Report on the cultivation and use of ganja
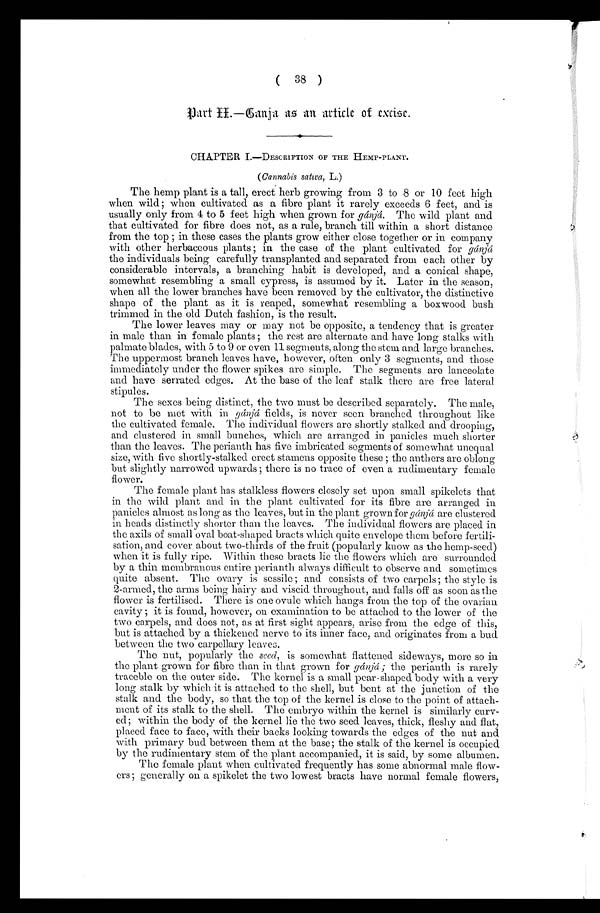
(38)
Part II.—Ganja as an article of excise.
CHAPTER I.— DESCRIPTION OF THE HEMP-PLANT.
(Cannabis sativa,L . )
The hemp plant is a tall, erect herb growing from 3 to 8 or 10 feet high
when wild ; when cultivated as a fibre plant it rarely exceeds 6 feet, and is
usually only from 4 to 5 feet high when grown for gánjá. The wild plant and
that cultivated for fibre does not, as a rule, branch till within a short distance
from the top ; in these cases the plants grow either close together or in company
with other herbaceous plants ; in the case of the plant cultivated for g á n j á
the individuals being carefully transplanted and separated from each other by
considerable intervals, a branching habit is developed, and a conical shape,
somewhat resembling a small cypress, is assumed by it. Later in the season,
when all the lower branches have been removed by the cultivator, the distinctive
shape of the plant as it is reaped, somewhat resembling a boxwood bush
trimmed in the old Dutch fashion, is the result.
The lower leaves may or may not be opposite, a tendency that is greater
in male than in female plants ; the rest are alternate and have long stalks with
palmate blades, with 5 to 9 or even 11 segments, along the stein and. large branches.
The uppermost branch leaves have, however, often only 3 segments, and those
immediately under the flower spikes are simple. The segments are lanceolate
and have serrated edges. At the base of the leaf stalk there are free lateral
stipules.
The sexes being distinct, the two must be described separately. The male,
not to be met with in gánjá fields, is never seen branched throughout like
the cultivated female. The individual flowers are shortly stalked and drooping,
and. clustered in small bunches, which are arranged in panicles much shorter
than the leaves. The perianth has five imbricated segments of somewhat unequal
size, with five shortly-stalked erect stamens opposite these ; the anthers are oblong
but slightly narrowed upwards ; there is no trace of even a rudimentary female
flower.
The female plant has stalkless flowers closely set upon small spikelets that
in the wild plant and in the plant cultivated for its fibre are arranged in
panicles almost as long as the leaves, but in the plant grown for gánjá are clustered
in heads distinctly shorter than the leaves. The individual flowers are placed in
the axils of small oval boat-shaped bracts which quite envelope them before fertili-
sation, and cover about two-thirds of the fruit (popularly know as the hemp-seed)
when it is fully ripe. Within these bracts lie the flowers which are surrounded
by a thin membranous entire perianth always difficult to observe and sometimes
quite absent. The ovary is sessile ; and consists of two carpels; the style is
2-armed, the arms being hairy and viscid throughout, and falls off as soon as the
flower is fertilised. There is one ovule which hangs from the top of the ovarian
cavity ; it is found, however, on examination to be attached to the lower of the
two carpels, and does not, as at first sight appears, arise from the edge of this,
but is attached by a thickened nerve to its inner face, and originates from a bud
between the two carpellary leaves.
The nut, popularly the seed, is somewhat flattened sideways, more so in
the plant grown for fibre than in that grown for gánjá ; the perianth is rarely
traceble on the outer side. The kernel is a small pear-shaped body with a very
long stalk by which it is attached to the shell, but bent at the junction of the
stalk and the body, so that the top of the kernel is close to the point of attach-
ment of its stalk to the shell. The embryo within the kernel is similarly curv-
ed; within the body of the kernel lie the two seed leaves, thick, fleshy and flat,
placed. face to face, with their backs looking towards the edges of the nut and.
with primary bud. between them at the base; the stalk of the kernel is occupied.
by the rudimentary stem of the plant accompanied., it is said, by some albumen.
The female plant when cultivated frequently has some abnormal male flow-
ers; generally on a spikelet the two lowest bracts have normal female flowers,